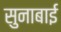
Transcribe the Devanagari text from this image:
सुनाबाई